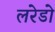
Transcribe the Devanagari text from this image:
लरेडो